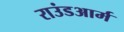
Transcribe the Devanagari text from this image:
राउंडआर्म